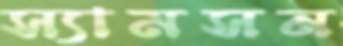
স্যামসন